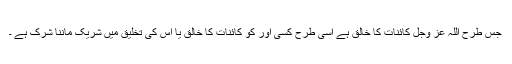
جس طرح اللّٰہ عَزَّ وَجَلَّ کائنات کا خالق ہے اسی طرح کسی اور کو کائنات کا خالق یا اس کی تخلیق میں شریک ماننا شِرک ہے ۔